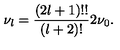
\nu _ { l } = { \frac { ( 2 l + 1 ) ! ! } { ( l + 2 ) ! } } 2 \nu _ { 0 } .